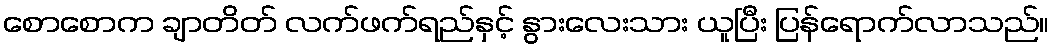
စောစောက ချာတိတ် လက်ဖက်ရည်နှင့် နွားလေးသား ယူပြီး ပြန်ရောက်လာသည်။